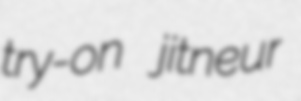
try-on jitneur